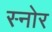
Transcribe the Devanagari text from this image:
स्नोर